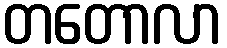
တတောလာ